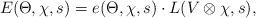
LaTeX: \begin{align*}E(\Theta,\chi,s)=e(\Theta,\chi,s)\cdot L(V\otimes\chi,s),\end{align*}